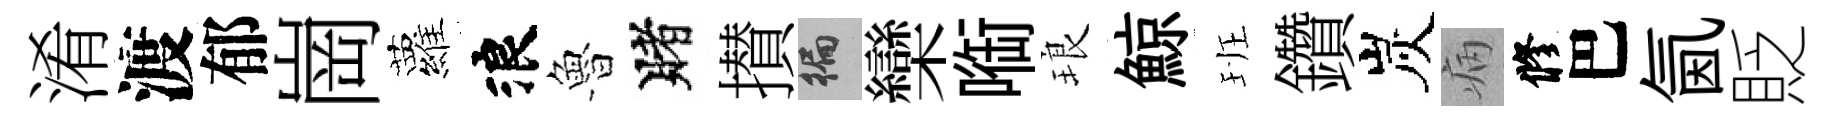
淆渡郁崗蘿浪魯賭攅徧欒㗸琅鯨班鑽炭病修巴氤貶